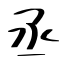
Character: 丞